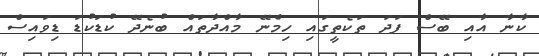
ކާނާ އާއި ބޭސް ފަދަ ތަކެތީގައި ހިމެނޭ މާއްދާތައް ބުނެދޭ ކުޑަކުޑަ ޑިވައިސް